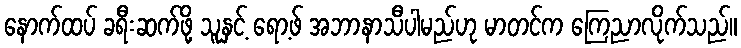
နောက်ထပ် ခရီးဆက်ဖို့ သူနှင့် ရော့ဖ် အဘာနာသီပါမည်ဟု မာတင်က ကြေညာလိုက်သည်။